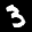
Label: 3